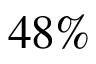
4 8 \%